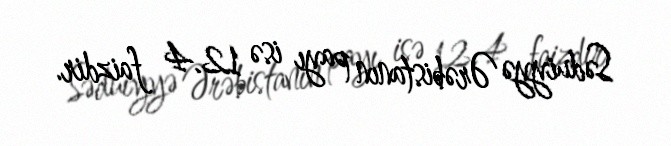
Səduiyyə Ərəbistanın payı isə 12.4 faizdir.